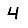
Digit: 4